Materia medica of Madras volume I
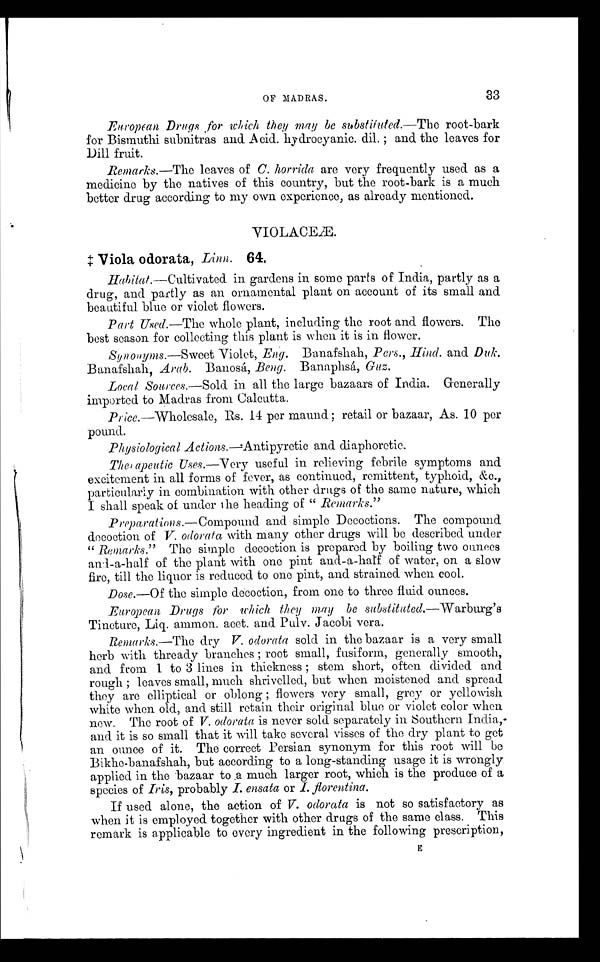
33
European Drugs for which they may be substituted.—The root-bark
for Bismuthi subnitras and Acid. hydrocyanic. dil.; and the leaves for
Dill fruit.
Remarks.—The leaves of C. horrida are very frequently used as a
medicine by the natives of this country, but the root-bark is a much
better drug according to my own experience, as already mentioned.
VIOLACEÆ.
‡Viola odorata, Linn. 64.
Habitat.—Cultivated in gardens in some parts of India, partly as a
drug, and partly as an ornamental plant on account of its small and
beautiful blue or violet flowers.
Part Used.—The whole plant, including the root and flowers. The
best season for collecting this plant is when it is in flower.
Synonyms.—Sweet Violet, Eng. Banafshah, Pers., Hind. and Duk.
Banafshah, Arab. Banosá, Beng. Banaphsá, Guz.
Local Sources.— Sold in all the large bazaars of India. Generally
imported to Madras from Calcutta.
Price .—Wholesale, Rs. 14 per maund; retail or bazaar, As. 10 per
pound.
Physiological Actions.—Antipyretic and diaphoretic.
The, apeutic Uses.— Very useful in relieving febrile symptoms and
excitement in all forms of fever, as continued, remittent, typhoid, &c.,
particularly in combination with other drugs of the same nature, which
I shall speak of under the heading of " Remarks."
Preparations.— Compound and simple Decoctions. The compound
decoction of V. odorata with many other drugs will be described under
" Remarks." The simple decoction is prepared by boiling two ounces
and-a-half of the plant with one pint and-a-half of water, on a slow
fire, till the liquor is reduced to one pint, and strained. when cool.
Dose.—Of the simple decoction, from one to three fluid ounces.
European Drugs for which they may be substituted.— Warburg's
Tincture, Liq. ammon. acet. and Pulv. Jacobi vera.
Remarks.—The dry V. odorata sold in the bazaar is a very small
herb with thready branches; root small, fusiform, generally smooth,
and from 1 to 3 lines in thickness; stem short, often divided and
rough; leaves small, much shrivelled, but when moistened and spread
they are elliptical or oblong; flowers very small, grey or yellowish
white when old, and still retain their original blue or violet color when
new. The root of V. odorata is never sold separately in Southern India,
and it is so small that it will take several visses of the dry plant to get
an ounce of it. The correct Persian synonym for this root will be
Bikhe-banafshah, but according to a long-standing usage it is wrongly
applied in the bazaar to a much larger root, which is the produce of a
species of Iris, probably I. ensata or I. florentina.
If used alone, the action of V. odorata is not so satisfactory as
when it is employed together with other drugs of the same class. This
remark is applicable to every ingredient in the following prescription,
E